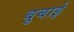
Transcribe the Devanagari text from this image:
बुबाई